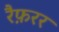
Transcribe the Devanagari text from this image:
रैफ़रर